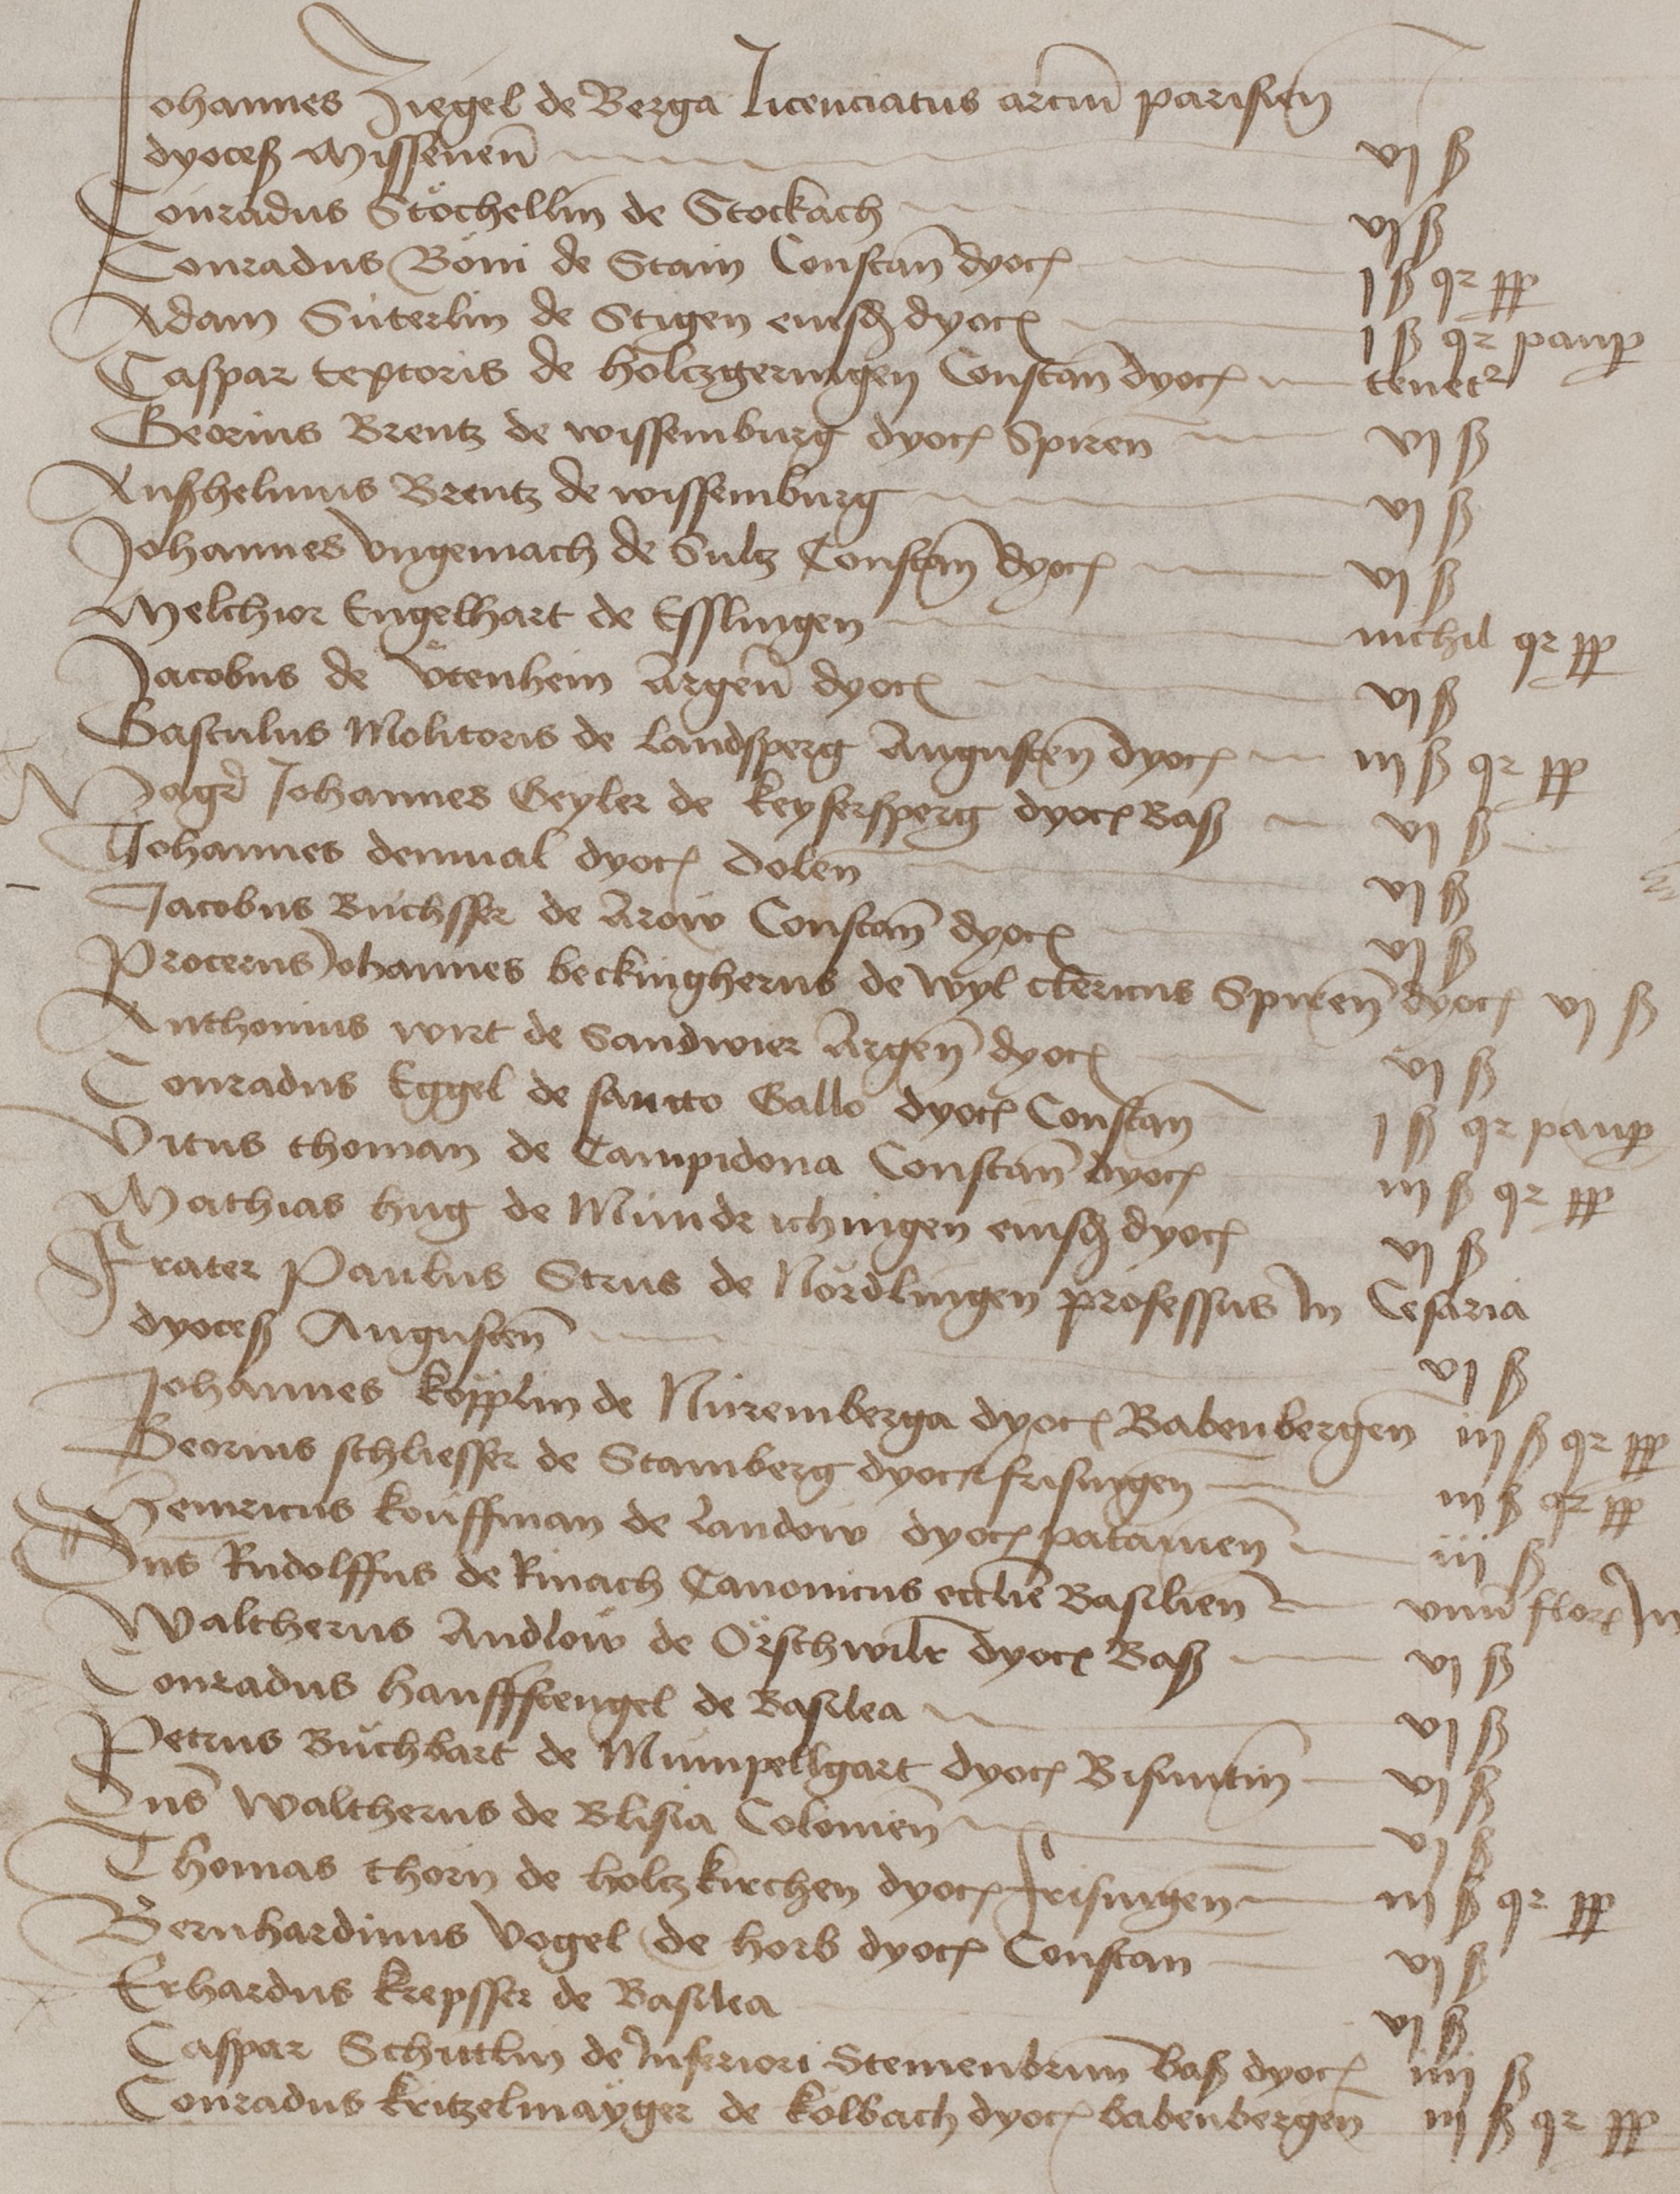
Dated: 1460–1567